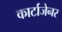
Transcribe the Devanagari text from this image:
कार्टाजेनर